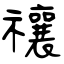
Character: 禳